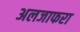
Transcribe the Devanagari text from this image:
अलजाफरा